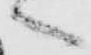
へ